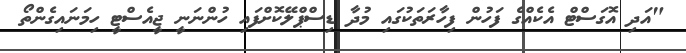
"އަދި އޮގަސްޓް އެކެއްގެ ފަހުން ފިހާރަތަކުގައި މުދާ ޑިސްޕްލޭކޮށްފައި ހުންނަނީ ޖީއެސްޓީ ހިމަނައިގެންތޯ